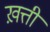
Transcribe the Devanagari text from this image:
ख़त्ती